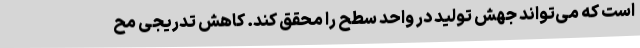
است که می‌تواند جهش تولید در واحد سطح را محقق کند. کاهش تدریجی مح